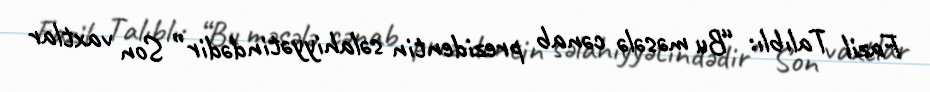
Fazil Talıblı: “Bu məsələ cənab prezidentin səlahiyyətindədir” Son vaxtlar